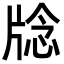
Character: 𪺥